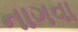
નાગવા